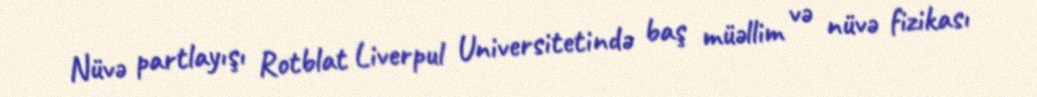
Nüvə partlayışı Rotblat Liverpul Universitetində baş müəllim və nüvə fizikası